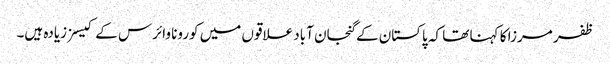
ظفر مرزا کا کہنا تھا کہ پاکستان کے گنجان آباد علاقوں میں کورونا وائرس کے کیسز زیادہ ہیں۔